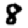
Digit: 8